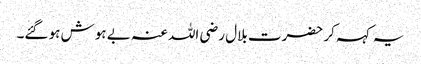
یہ کہہ کر حضرت بلال رضی اللہ عنہ بے ہوش ہو گئے۔